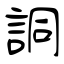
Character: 詷